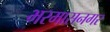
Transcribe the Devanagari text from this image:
भरमासनगर